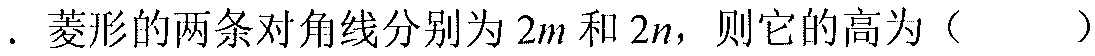
. 菱形的两条对角线分别为\(2m\)和\(2n\)，则它的高为（  ）